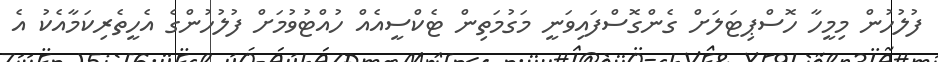
ފުލުހުން މިމީހާ ހޮސްޕިޓަލަށް ގެންގޮސްފައިވަނީ މަގުމަތިން ޓެކްސީއެއް ހުއްޓުވުމަށް ފުލުހުންގެ އެހީތެރިކަމާއެކު އެ